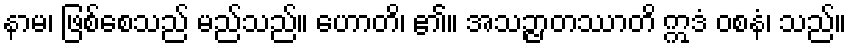
နာမ၊ ဖြစ်စေသည် မည်သည်။ ဟောတိ၊ ၏။ အသဉ္ဇာတဿာတိ ဣဒံ ဝစနံ၊ သည်။